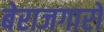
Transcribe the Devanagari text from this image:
बेराजगारो